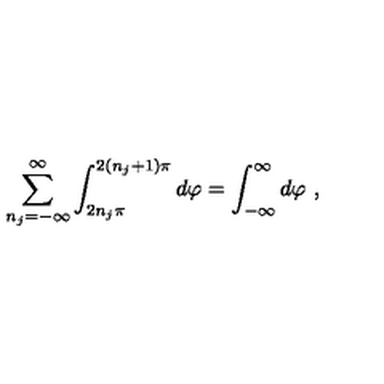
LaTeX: \sum _ { n _ { j } = - \infty } ^ { \infty } \int _ { 2 n _ { j } \pi } ^ { 2 \left( n _ { j } + 1 \right) \pi } d \varphi = \int _ { - \infty } ^ { \infty } d \varphi \ ,